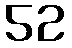
52